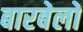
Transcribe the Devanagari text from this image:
बारबेलों